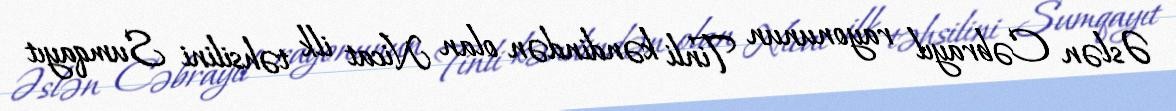
Əslən Cəbrayıl rayonunun Tinli kəndindən olan Nicat ilk təhsilini Sumqayıt